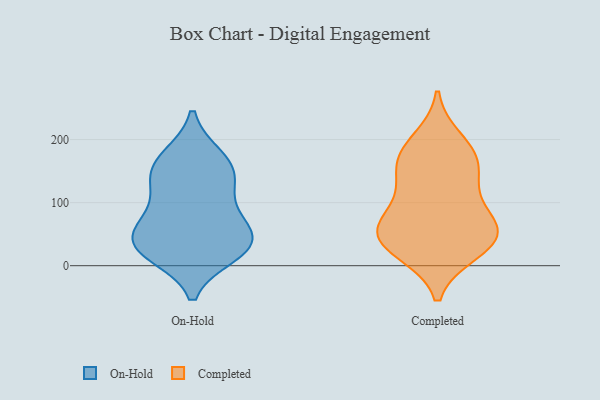
{"axis": {"x": "Satisfaction Score", "y": "Value"}, "legend": ["Completed", "On-Hold"], "data": [{"x": "", "y": 172, "type": "On-Hold"}, {"x": "", "y": 98, "type": "On-Hold"}, {"x": "", "y": 24, "type": "On-Hold"}, {"x": "", "y": 72, "type": "On-Hold"}, {"x": "", "y": 136, "type": "On-Hold"}, {"x": "", "y": 173, "type": "On-Hold"}, {"x": "", "y": 34, "type": "On-Hold"}, {"x": "", "y": 24, "type": "On-Hold"}, {"x": "", "y": 37, "type": "On-Hold"}, {"x": "", "y": 66, "type": "On-Hold"}, {"x": "", "y": 141, "type": "On-Hold"}, {"x": "", "y": 143, "type": "On-Hold"}, {"x": "", "y": 18, "type": "On-Hold"}, {"x": "", "y": 51, "type": "On-Hold"}, {"x": "", "y": 71, "type": "Completed"}, {"x": "", "y": 56, "type": "Completed"}, {"x": "", "y": 22, "type": "Completed"}, {"x": "", "y": 46, "type": "Completed"}, {"x": "", "y": 175, "type": "Completed"}, {"x": "", "y": 77, "type": "Completed"}, {"x": "", "y": 51, "type": "Completed"}, {"x": "", "y": 162, "type": "Completed"}, {"x": "", "y": 122, "type": "Completed"}, {"x": "", "y": 45, "type": "Completed"}, {"x": "", "y": 131, "type": "Completed"}, {"x": "", "y": 199, "type": "Completed"}, {"x": "", "y": 172, "type": "Completed"}, {"x": "", "y": 23, "type": "Completed"}]}